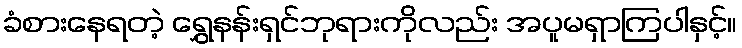
ခံစားနေရတဲ့ ရွှေနန်းရှင်ဘုရားကိုလည်း အပူမရှာကြပါနှင့်။